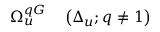
\begin{array} { r l } { \Omega _ { u } ^ { q G } } & { { } \left( \Delta _ { u } ; q \ne 1 \right) } \end{array}